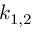
k _ { 1 , 2 }